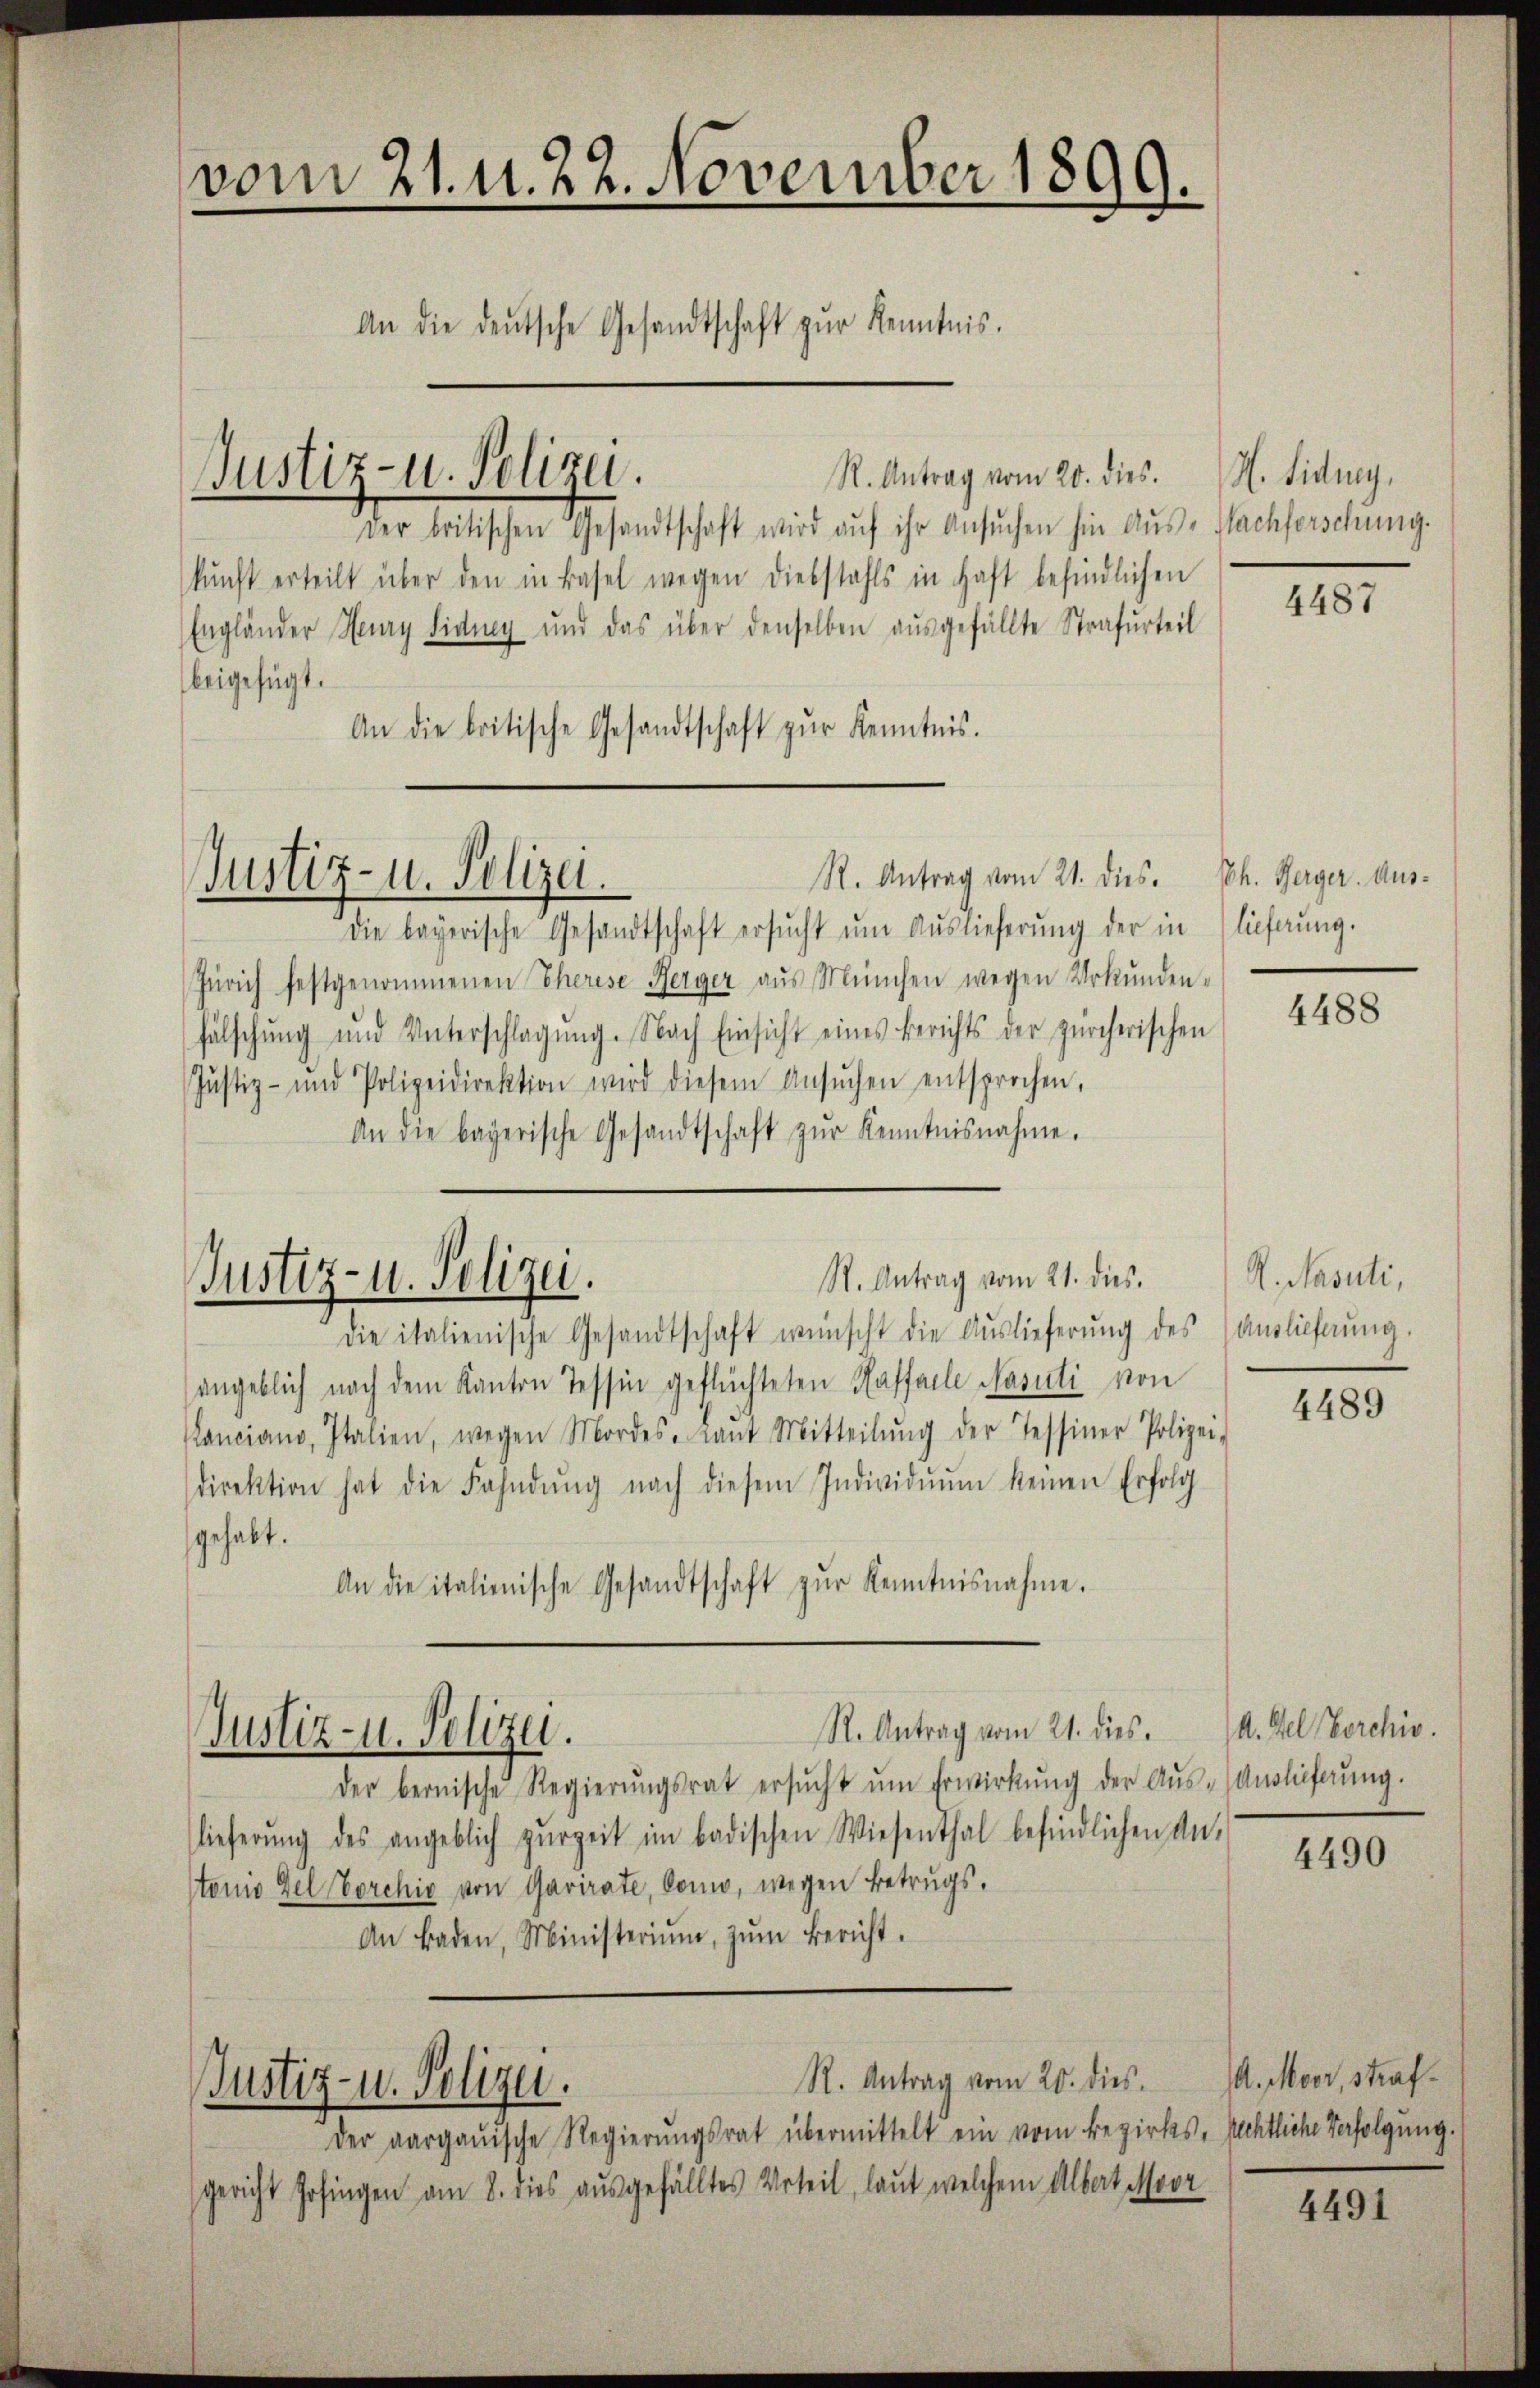
vom 21. d. 22. November 1899.
An die deŭtsche Gesandtschaft zŭr Kenntnis.
R. Antrag vom 20. dies.
Justiz- u. Polizei.
der britischen Gesandtschaft wird aŭf ihr Ansŭchen hin Aŭs-Nachforschung.

R. Antrag vom 21. dies. Joh. Herger. Aus-
die bayerische Gesandtschaft ersŭcht ŭm Aŭslieferung der in
Zürich festgenommenen Therese Berger aŭs München wegen Urkunden-
fälschŭng und Unterschlagung. Nach Einsicht eines Berichts der zürcherischen
Justiz- und Polizeidirektion wird diesem Ansŭchen entsprochen,
An die bayerische Gesandtschaft zŭr Kenntnisnahme.

Justiz- u. Polizei.

St. Antrag vom 21. dies
Justiz- u. Polizei.

Justiz- u. Polizei.

Justiz- u. Polizei.

R. Antrag vom 21. dies

kunft erteilt über den in Basel wegen diebstahls in Haft befindlichen
Engländer Henry Fidung und das über denselben aŭsgefällte Strafurteil
beigefügt.
An die britische Gesandtschaft zŭr Kenntnis.

R. Antrag vom 20. dies

der aargauische Regierungsrat übermittelt ein vom Bezirks- Rechtliche Verfolgung.
gericht Zofingen am 8. dies ausgefälltes Urteil, laut welchem Albert Moor

die italienische Gesandtschaft wünscht die Auslieferŭng des
angeblich nach dem Kanton Tessin geflüchteten Haffalle Nasuti von
anciano, Italien, wegen Mordes-Laŭt Mitteilŭng der Tessiner Polizei-
direktion hat die Fahndŭng nach diesem Individŭŭm keinen Erfolg
gehabt.
An die italienische Gesandtschaft zŭr Kenntnisnahme.

H. Lidney,

der bernische Regierŭngsrat ersŭcht ŭm Erwirkŭng der Aŭs-Anslieferŭng.
lieferŭng des angeblich zŭrzeit im badischen Wiesenthal befindlichen An-
tonio del Vorchiv von Garirate, Como, wegen Betrugs¬
An Baden, Ministeriŭm, zŭm Bericht.

4487

lieferung.

4488

R. Nasuti,
Auslieferung.

4489

A. del Berchiv.

4490

A. Moor, straf¬

4491